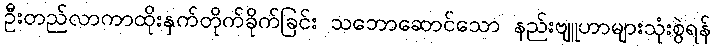
ဦးတည်လာကာထိုးနှက်တိုက်ခိုက်ခြင်း သဘောဆောင်သော နည်းဗျူဟာများသုံးစွဲရန်